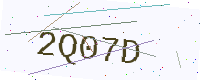
Text: 2Q07D